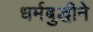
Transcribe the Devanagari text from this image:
धर्मबुद्धीने